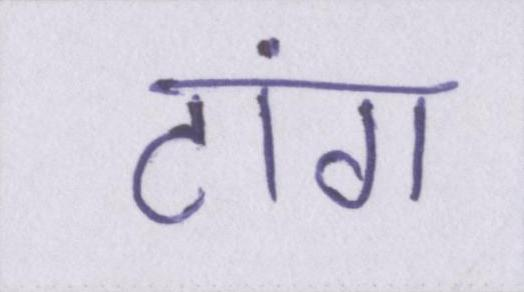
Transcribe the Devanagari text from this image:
टांग